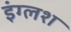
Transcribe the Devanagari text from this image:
इंग्लश